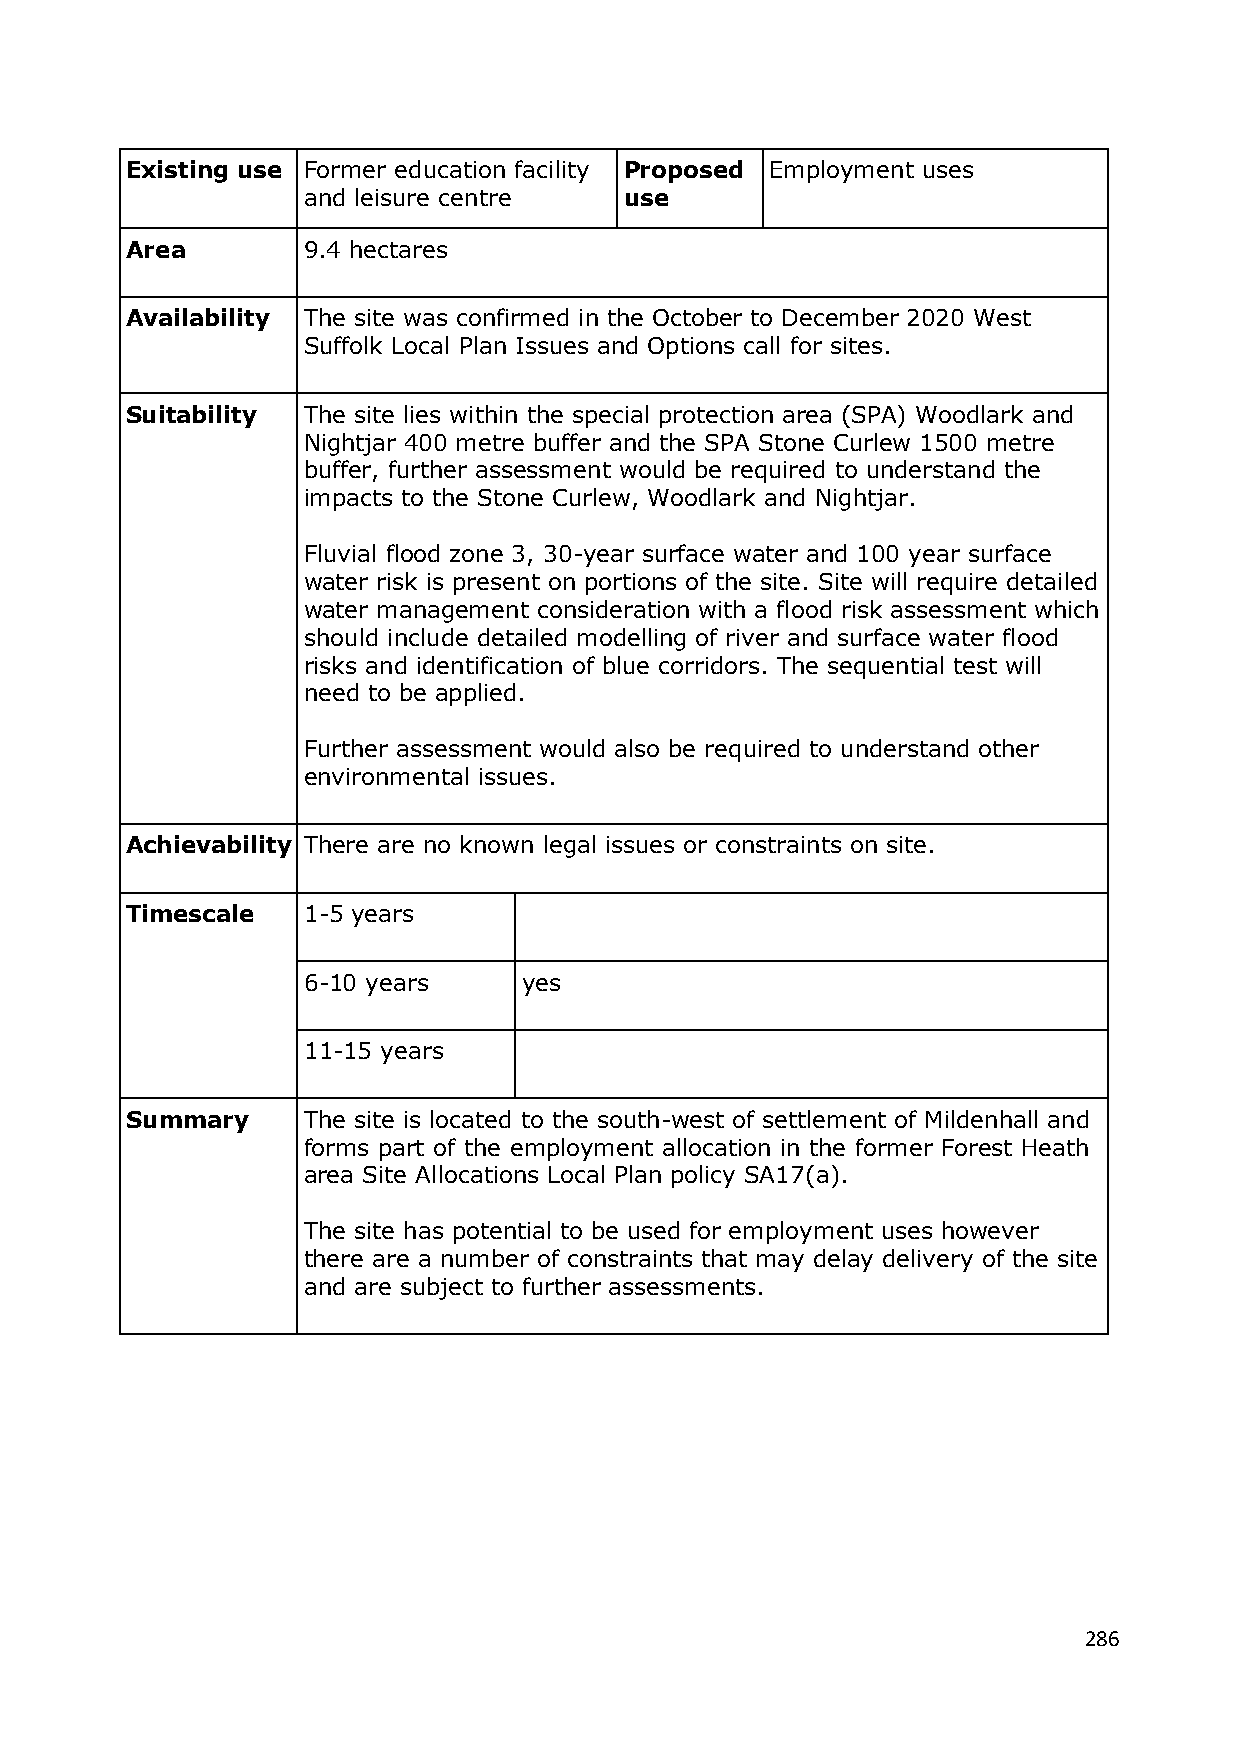
Existing use Former education facility Proposed Employment uses
 and leisure centre   use
 Area        9.4 hectares
 Availability The site was confirmed in the October to December 2020 West
 Suffolk Local Plan Issues and Options call for sites.
 Suitability The site lies within the special protection area (SPA) Woodlark and
 Nightjar 400 metre buffer and the SPA Stone Curlew 1500 metre
 buffer, further assessment would be required to understand the
 impacts to the Stone Curlew, Woodlark and Nightjar.
 Fluvial flood zone 3, 30-year surface water and 100 year surface
 water risk is present on portions of the site. Site will require detailed
 water management consideration with a flood risk assessment which
 should include detailed modelling of river and surface water flood
 risks and identification of blue corridors. The sequential test will
 need to be applied.
 Further assessment would also be required to understand other
 environmental issues.
 Achievability There are no known legal issues or constraints on site.
 Timescale   1-5 years
 6-10 years     yes
 11-15 years
 Summary     The site is located to the south-west of settlement of Mildenhall and
 forms part of the employment allocation in the former Forest Heath
 area Site Allocations Local Plan policy SA17(a).
 The site has potential to be used for employment uses however
 there are a number of constraints that may delay delivery of the site
 and are subject to further assessments.
 286